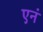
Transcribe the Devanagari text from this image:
एनं